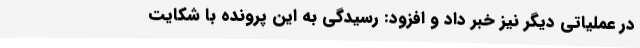
در عملیاتی دیگر نیز خبر داد و افزود: رسیدگی به این پرونده با شکایت